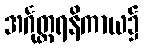
အင်္ဂုတ္တရနိကာယ၌